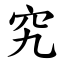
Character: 究